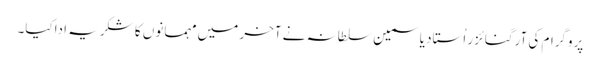
پروگرام کی آرگنائزر اُستاد یاسمین سلطانہ نے آخر میں مہمانوں کا شکریہ اداکیا۔